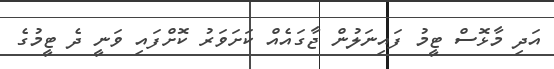
އަދި މާޅޮސް ޓީމު ފައިނަލުން ޖާގައެއް ކަށަވަރު ކޮށްފައި ވަނީ ދެ ޓީމުގެ